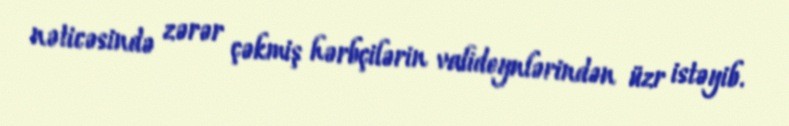
nəticəsində zərər çəkmiş hərbçilərin valideynlərindən üzr istəyib.